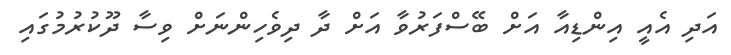
އަދި އެއީ އިންޑިއާ އަށް ބޭސްފަރުވާ އަށް ދާ ދިވެހިންނަށް ވިސާ ދޫކުރުމުގައި